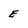
Character: e